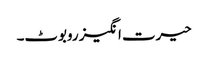
حیرت انگیز روبوٹ۔